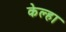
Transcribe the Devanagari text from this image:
केल्हा